Punjab Mental Hospital Lahore 1932-46 - 1932-1946
Year: 1932
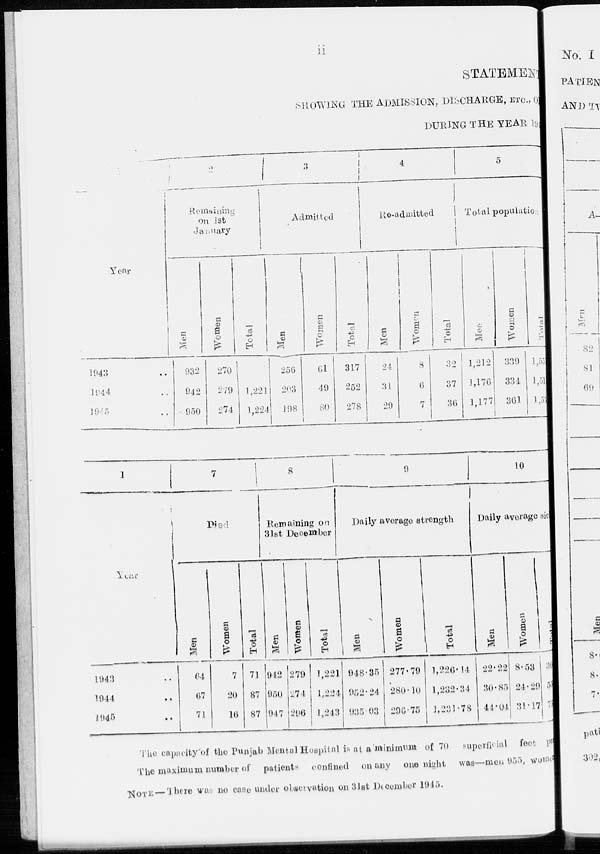
ii
STATEMENT
SHOWING THE ADMISSION, DISCHARGE, ETC., O
DURING THE YEAR 194
Year
1943 ..
1944 ..
1945 ..
2
Remaining
on 1st
January
Men
932
942
950
Women
270
279
274
Total
1,221
1,224
3
Admitted
Men
256
203
198
Women
61
49
80
Total
317
252
278
4
Re-admitted
Men
24
34
29
Women
8
6
7
Total
32
37
36
5
Total population
Men
1,212
1,176
1,177
Women
339
334
361
Total
1,55
1,51
1,52
1
1943 ..
1944 ..
1945 ..
7
Died
Men
64
67
71
Women
7
20
16
Total
71
87
87
8
Remaining on
31st December
Men
942
950
947
Women
279
274
296
Total
1,221
1,224
1,243
9
Daily average strength
Men
948.35
952.24
935.03
Women
277.79
280.10
296.75
Total
1,226.14
1,232.34
1,231.78
10
Daily average sick
Men
22.22
30.85
41.04
Women
8.53
24.29
31.17
Total
30
53
75
The capacity of the Punjab Mental Hospital is at a minimum of 70 superficial feet per
The maximum number of patients confined on any one night was—men 955, women
NOTE: — There was no case under observation on 31st December 1945.